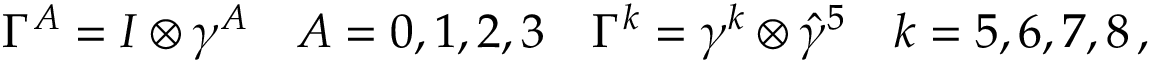
\Gamma ^ { A } = I \otimes \gamma ^ { A } \quad A = 0 , 1 , 2 , 3 \quad \Gamma ^ { k } = \gamma ^ { k } \otimes \hat { \gamma } ^ { 5 } \quad k = 5 , 6 , 7 , 8 \, ,